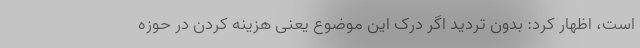
است، اظهار کرد: بدون تردید اگر درک این موضوع یعنی هزینه کردن در حوزه